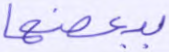
ببعضها